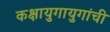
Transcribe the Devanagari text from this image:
कक्षायुगायुगांची